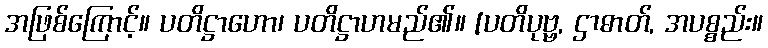
အဖြစ်ကြောင့်။ ပတိဋ္ဌာဟော၊ ပတိဋ္ဌာဟမည်၏။ [ပတိပုဗ္ဗ, ဌာဓာတ်, အပစ္စည်း။